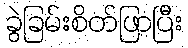
ခွဲခြမ်းစိတ်ဖြာပြီး